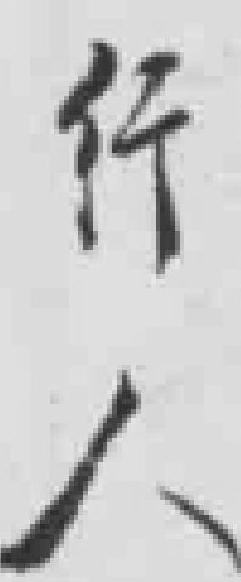
行人